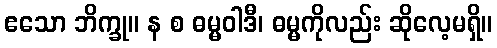
ဧသော ဘိက္ခု။ န စ ဓမ္မဝါဒီ၊ ဓမ္မကိုလည်း ဆိုလေ့မရှိ။